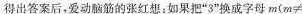
得出答案后，爱动脑筋的张红想：如果把”3”换成字母$$m ( m ≠